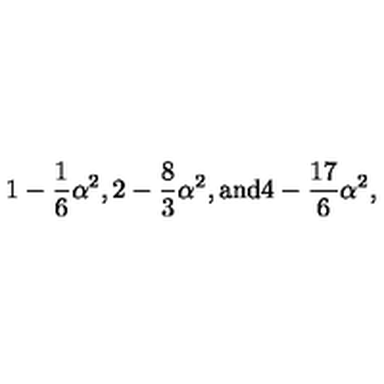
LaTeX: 1 - \frac { 1 } { 6 } \alpha ^ { 2 } , 2 - \frac { 8 } { 3 } \alpha ^ { 2 } , { } \mathrm { a n d } 4 - \frac { 1 7 } { 6 } \alpha ^ { 2 } ,